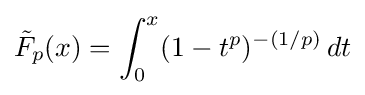
{\tilde {F}}_{p}(x)=\int _{0}^{x}(1-t^{p})^{-(1/p)}\,dt